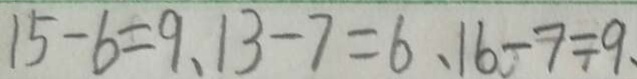
1 5 - 6 = 9 . 1 3 - 7 = 6 . 1 6 - 7 = 9 .